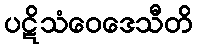
ပဋိသံဝေဒေသီတိ